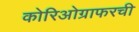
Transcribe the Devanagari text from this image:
कोरिओग्राफरची